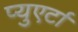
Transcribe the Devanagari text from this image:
प्युएर्टा